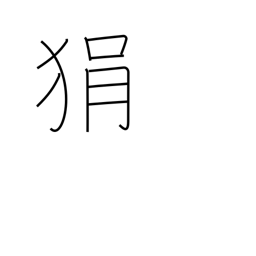
Meaning: short-tempered